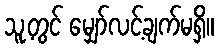
သူ့တွင် မျှော်လင့်ချက်မရှိ။